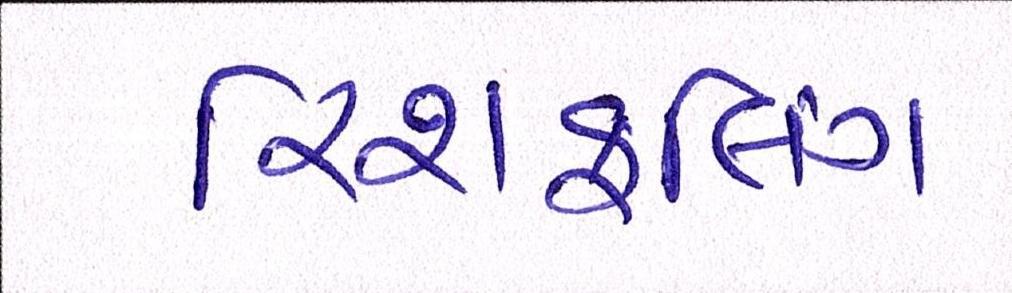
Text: રિશફલિંગ